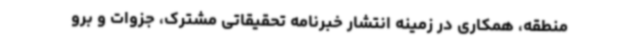
منطقه، همکاری در زمینه انتشار خبرنامه تحقیقاتی مشترک، جزوات و برو